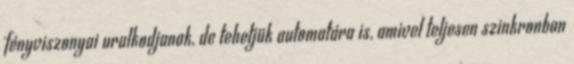
fényviszonyai uralkodjanak, de tehetjük automatára is, amivel teljesen szinkronban